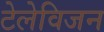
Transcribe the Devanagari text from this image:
टेलेविजन